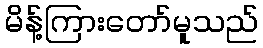
မိန့်ကြားတော်မူသည်